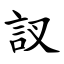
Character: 訍